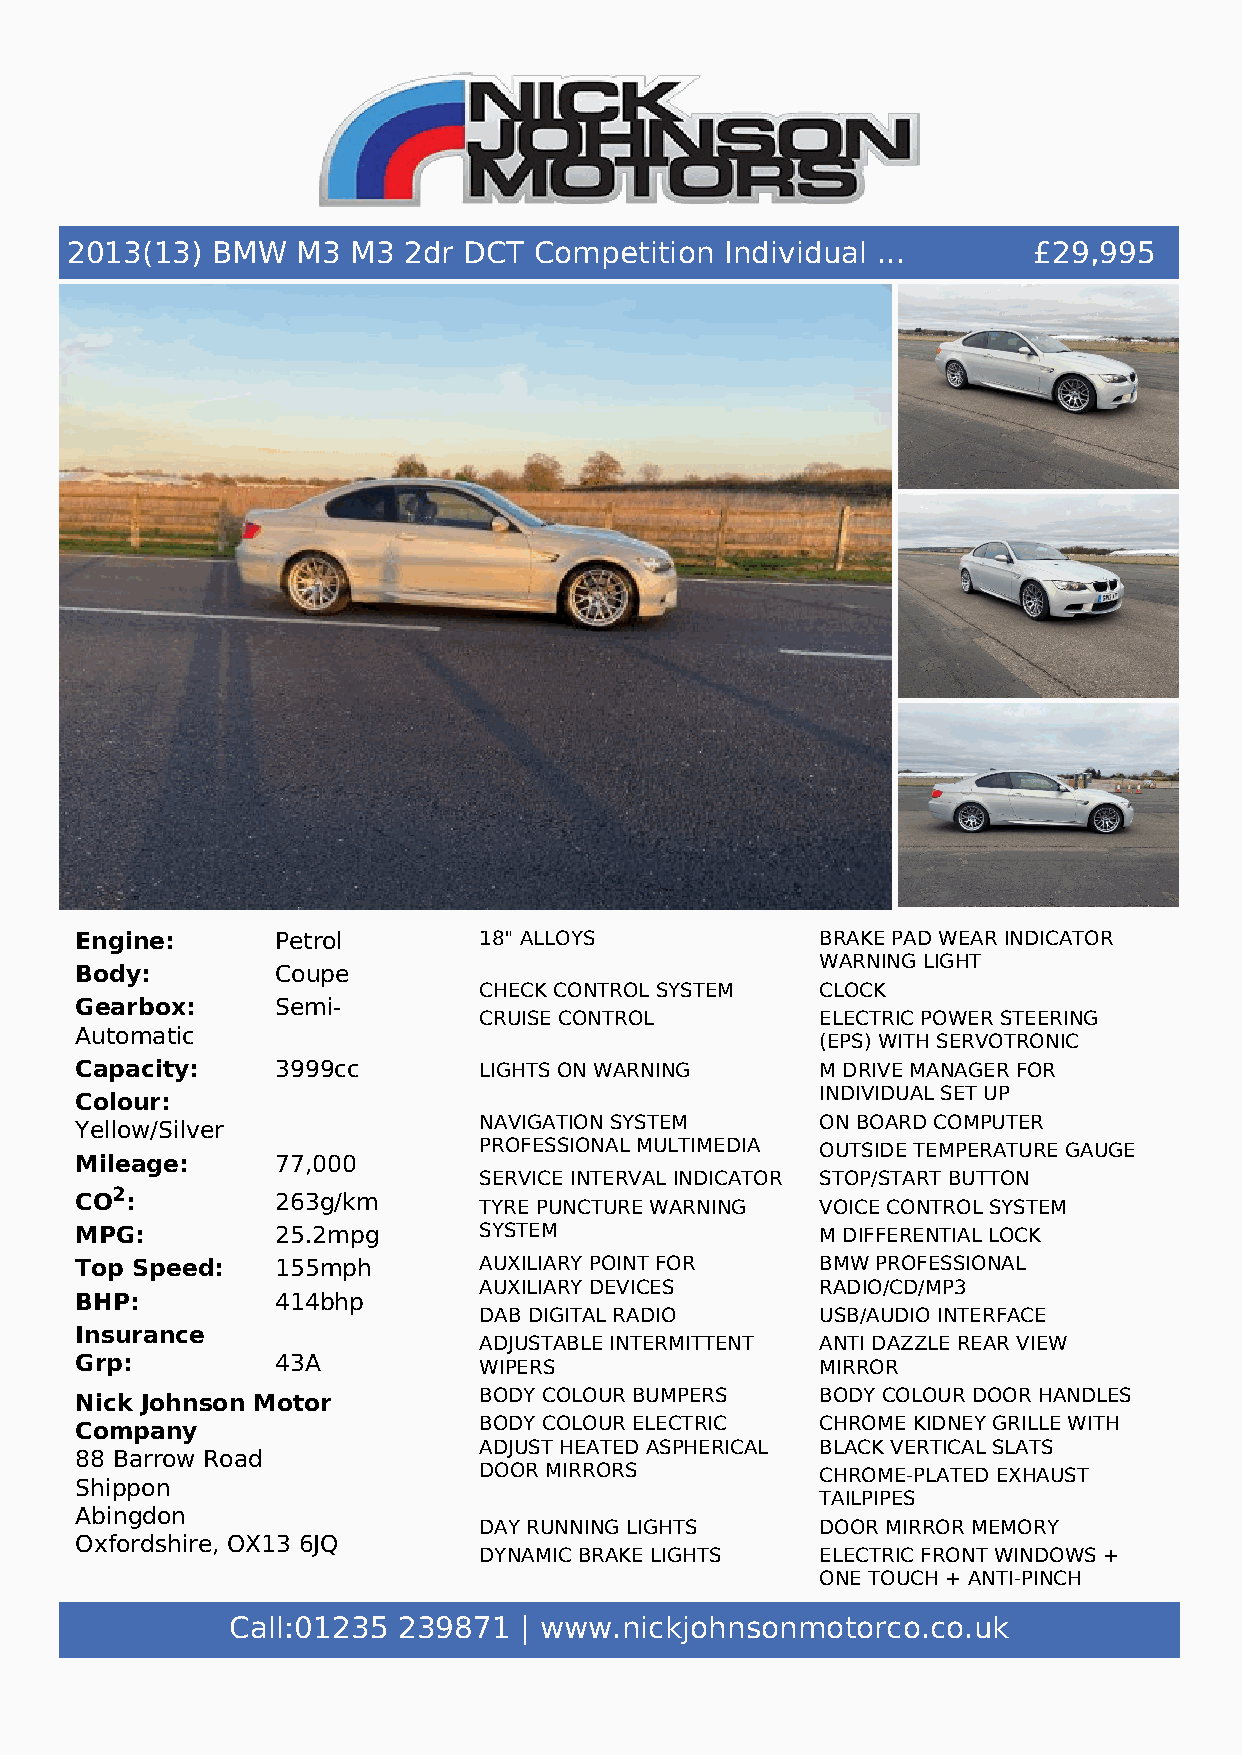
2013(13)  BMW   M3 M3  2dr DCT Competition  Individual ...      £29,995
 Engine:      Petrol        18" ALLOYS            BRAKE PAD WEAR INDICATOR
 WARNING LIGHT
 Body:        Coupe
 CHECK CONTROL SYSTEM  CLOCK
 Gearbox:     Semi-
 CRUISE CONTROL        ELECTRIC POWER STEERING
 Automatic
 (EPS) WITH SERVOTRONIC
 Capacity:    3999cc        LIGHTS ON WARNING     M DRIVE MANAGER FOR
 INDIVIDUAL SET UP
 Colour:
 NAVIGATION SYSTEM     ON BOARD COMPUTER
 Yellow/Silver
 PROFESSIONAL MULTIMEDIA OUTSIDE TEMPERATURE GAUGE
 Mileage:     77,000
 SERVICE INTERVAL INDICATOR STOP/START BUTTON
 CO2:         263g/km
 TYRE PUNCTURE WARNING VOICE CONTROL SYSTEM
 MPG:         25.2mpg       SYSTEM                M DIFFERENTIAL LOCK
 Top Speed:   155mph        AUXILIARY POINT FOR   BMW PROFESSIONAL
 AUXILIARY DEVICES     RADIO/CD/MP3
 BHP:         414bhp
 DAB DIGITAL RADIO     USB/AUDIO INTERFACE
 Insurance
 ADJUSTABLE INTERMITTENT ANTI DAZZLE REAR VIEW
 Grp:         43A           WIPERS                MIRROR
 Nick Johnson Motor         BODY COLOUR BUMPERS   BODY COLOUR DOOR HANDLES
 Company                    BODY COLOUR ELECTRIC  CHROME KIDNEY GRILLE WITH
 ADJUST HEATED ASPHERICAL BLACK VERTICAL SLATS
 88 Barrow Road
 DOOR MIRRORS          CHROME-PLATED EXHAUST
 Shippon
 TAILPIPES
 Abingdon
 DAY RUNNING LIGHTS    DOOR MIRROR MEMORY
 Oxfordshire, OX13 6JQ
 DYNAMIC BRAKE LIGHTS  ELECTRIC FRONT WINDOWS +
 ONE TOUCH + ANTI-PINCH
 FOLLOW ME HOME HEADLIGHTS GREEN TINTED HEAT
 Call:01235 239871  | www.nickjohnsonmotorco.co.uk
 INSULATING GLASS
 HEADLAMP WASH/WIPE    HEATED REAR WINDOW WITH